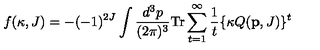
f ( \kappa , J ) = - ( - 1 ) ^ { 2 J } \int \frac { d ^ { 3 } p } { ( 2 \pi ) ^ { 3 } } \mathrm { T r } \sum _ { t = 1 } ^ { \infty } \frac { 1 } { t } \{ \kappa Q ( { \bf p } , J ) \} ^ { t }